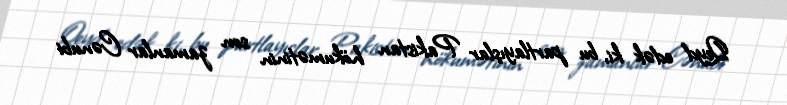
Qeyd edək ki, bu partlayışlar Pakistan hökumətinin son zamanlar Cənubi